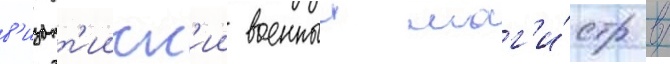
в'изант'ииск'ии военныи маг'и́стр в